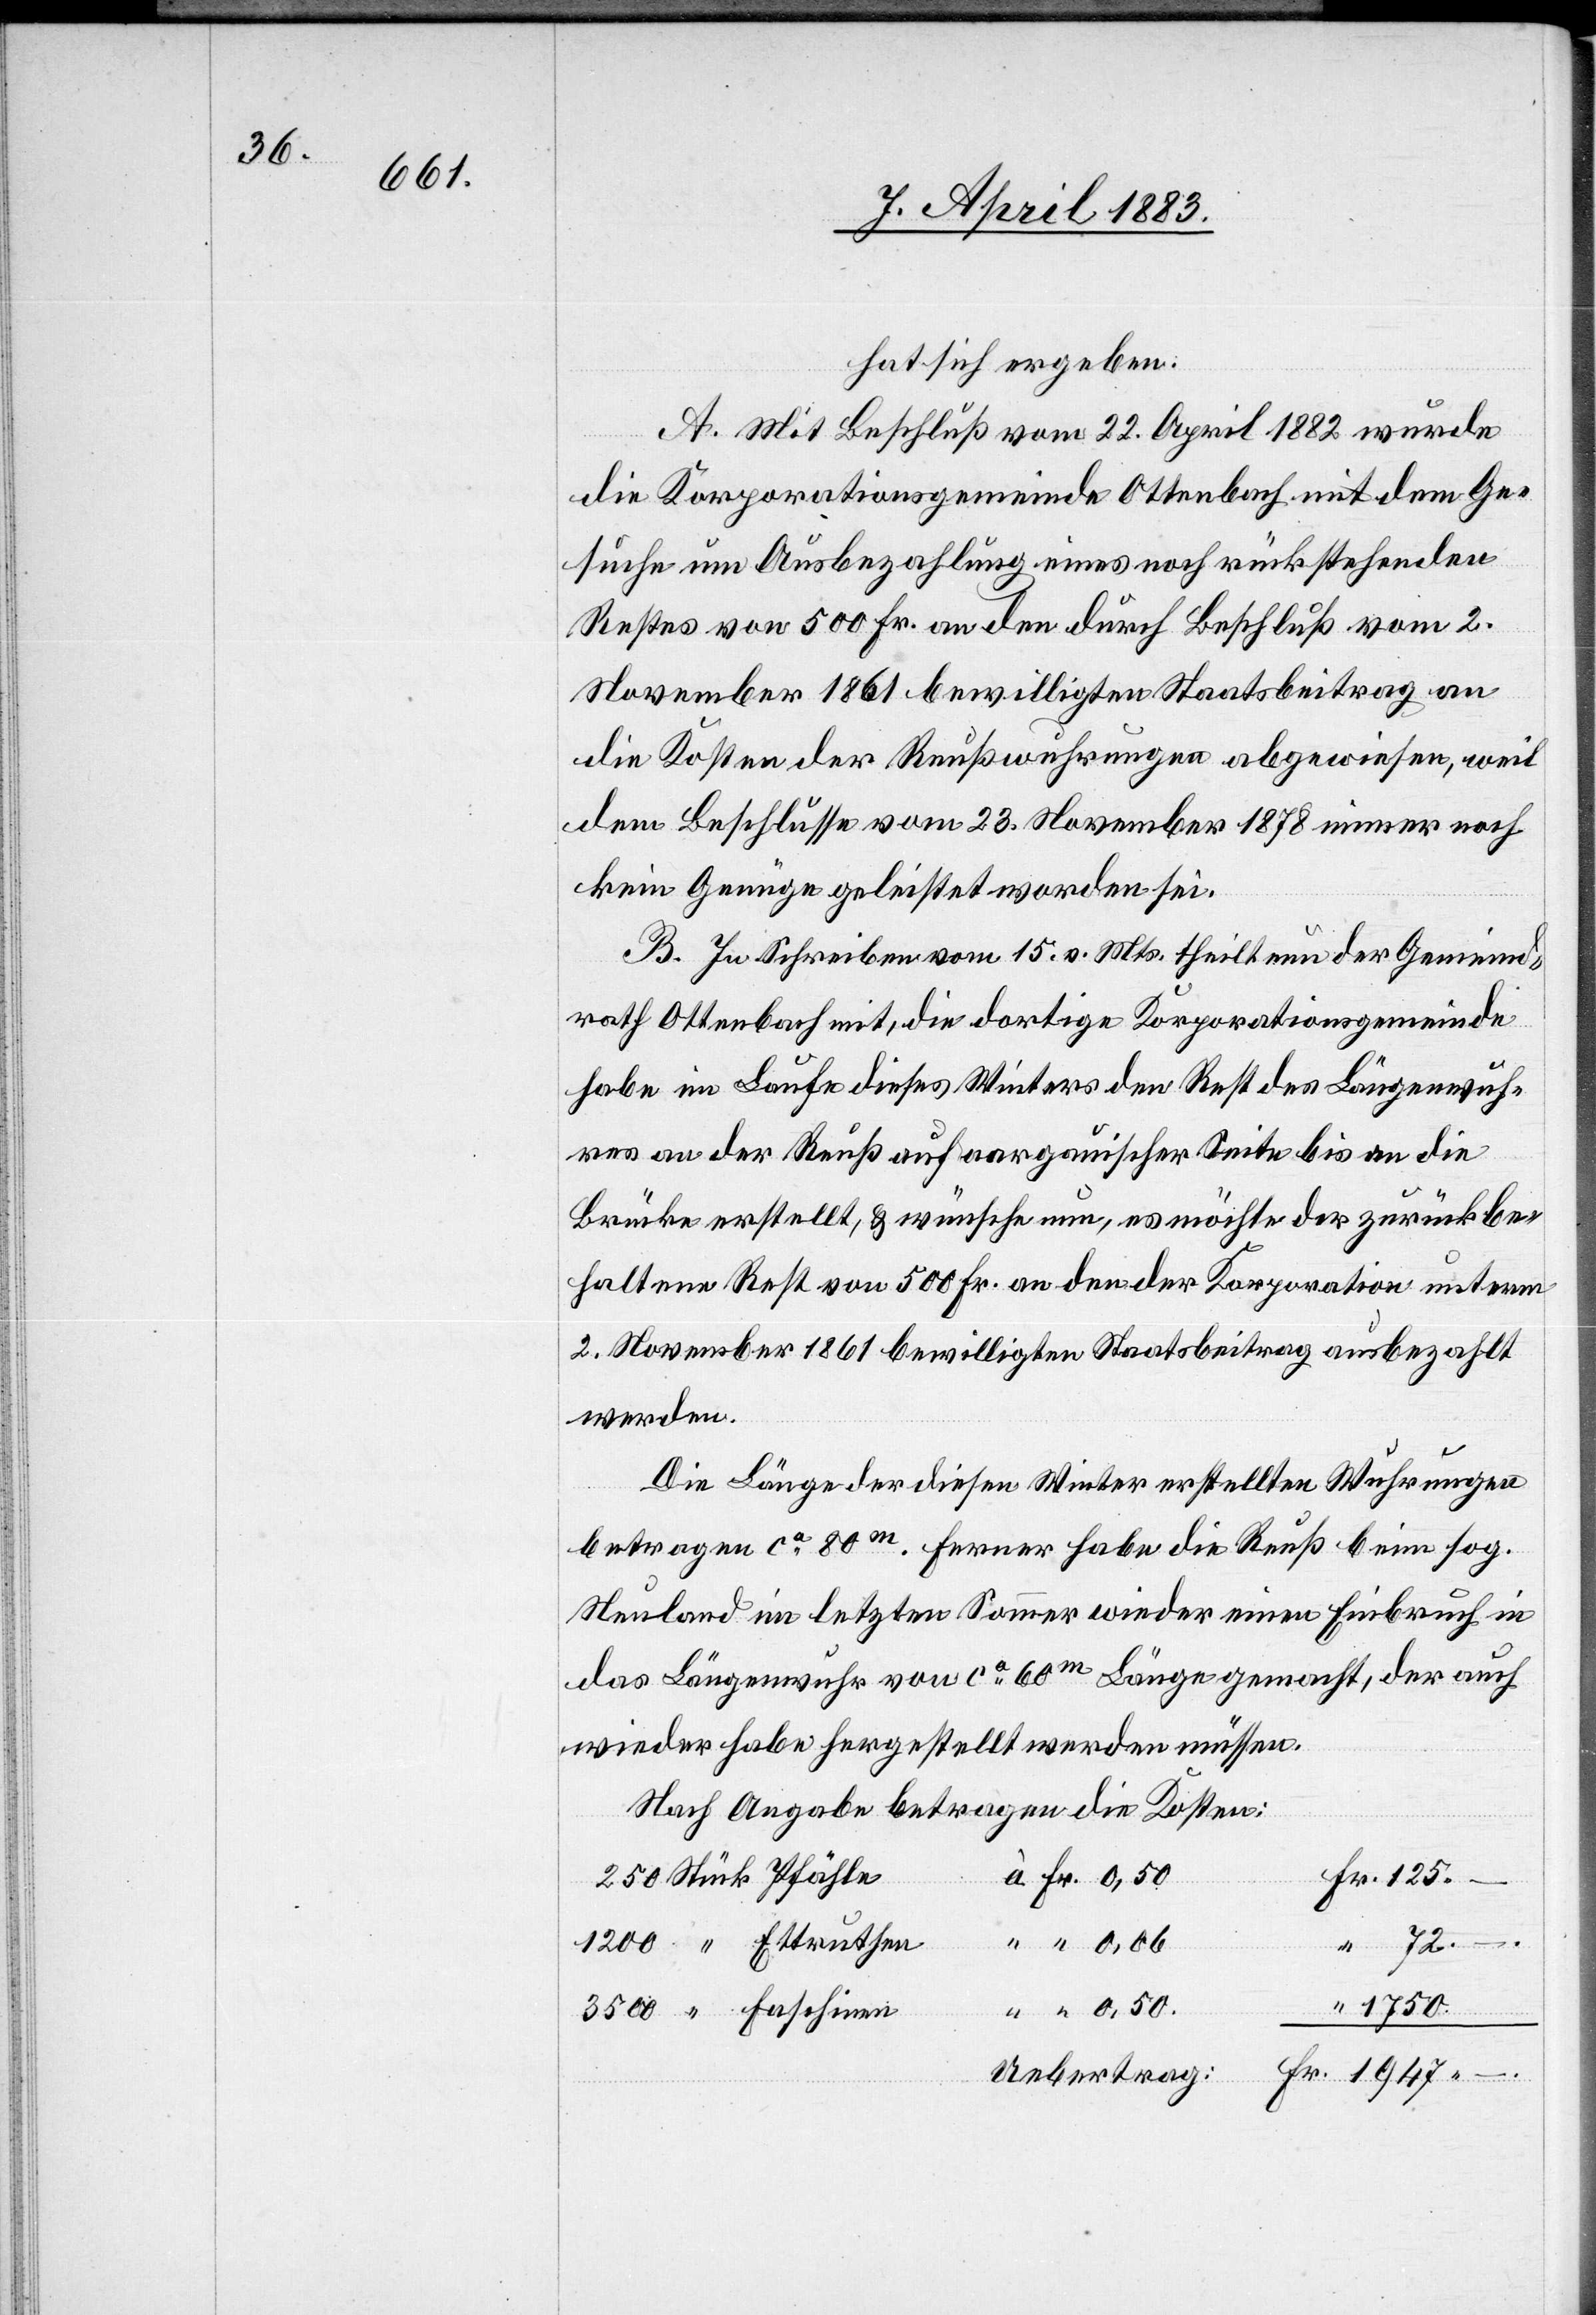
hat sich ergeben:
A. Mit Beschluß vom 22. April 1882 wurde
die Korporationsgemeinde Ottenbach mit dem Ge¬
suche um Ausbezahlung eines noch rückstehenden
Restes von 500 Fr. an den durch Beschluß vom 2.
November 1861 bewilligten Staatsbeitrag an
die Kosten der Reußwuhrungen abgewiesen, weil
dem Beschlusse vom 23. November 1878 immer noch
kein Genüge geleistet worden sei.
B. In Schreiben vom 15. v. Mts. theilt nun der Gemeind¬
rath Ottenbach mit, die dortige Korporationsgemeinde
habe im Laufe dieses Winters den Rest des Längenwuh¬
res an der Reuß auf aargauischer Seite bis an die
Brücke erstellt, & wünsche nun, es möchte der zurückbe¬
haltene Rest von 500 Fr. an den der Korporation unterm
2. November 1861 bewilligten Staatsbeitrag ausbezahlt
werden.
Die Länge der diesen Winter erstellten Wuhrungen
betragen [sic!] ca 80m. Ferner habe die Reuß beim sog.
Neuland im letzten Sommer wieder einen Einbruch in
das Längewuhr von ca 60m Länge gemacht, der auch
wieder habe hergestellt werden müssen.
Nach Angabe betragen die Kosten:
1750.–
Uebertrag: